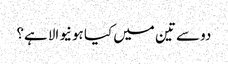
دو سے تین میں کیا ہونیوالا ہے؟